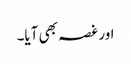
اور غصہ بھی آیا۔